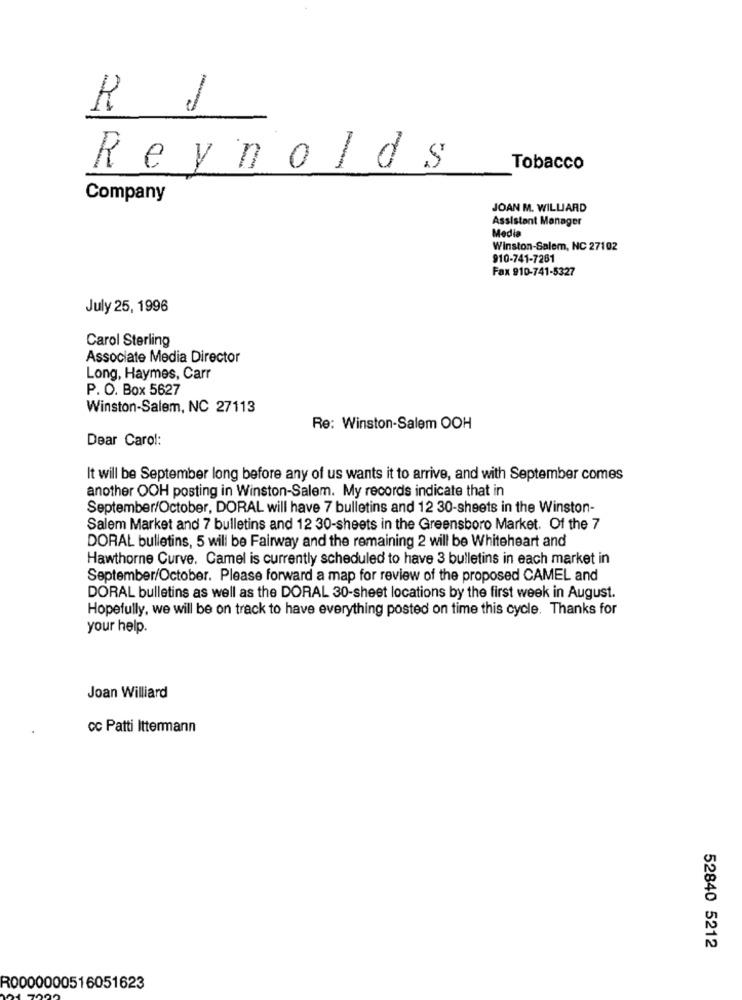
R J
Reynolds
Tobacco
Company
JOAN M. WILLIARD
Assistant Manager
Media
Winston-Salem, NC 27102
910-741-7261
Fax 910-741-5327
July 25, 1996
Carol Sterling
Associate Media Director
Long, Haymes, Carr
P. O. Box 5627
Winston-Salem, NC 27113
Re: Winston-Salem OOH
Dear Carol:
It will be September long before any of us wants it to arrive, and with September comes
another OOH posting in Winston-Salem. My records indicate that in
September/October, DORAL will have 7 bulletins and 12 30-sheets in the Winston-
Salem Market and 7 bulletins and 12 30-sheets in the Greensboro Market. Of the 7
DORAL bulletins, 5 will be Fairway and the remaining 2 will be Whiteheart and
Hawthorne Curve. Camel is currently scheduled to have 3 bulletins in each market in
September/October. Please forward a map for review of the proposed CAMEL and
DORAL bulletins as well as the DORAL 30-sheet locations by the first week in August.
Hopefully, we will be on track to have everything posted on time this cycle. Thanks for
your help.
Joan Williard
cc Patti Ittermann
52840 5212
R0000000516051623